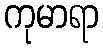
ကုမာရာ